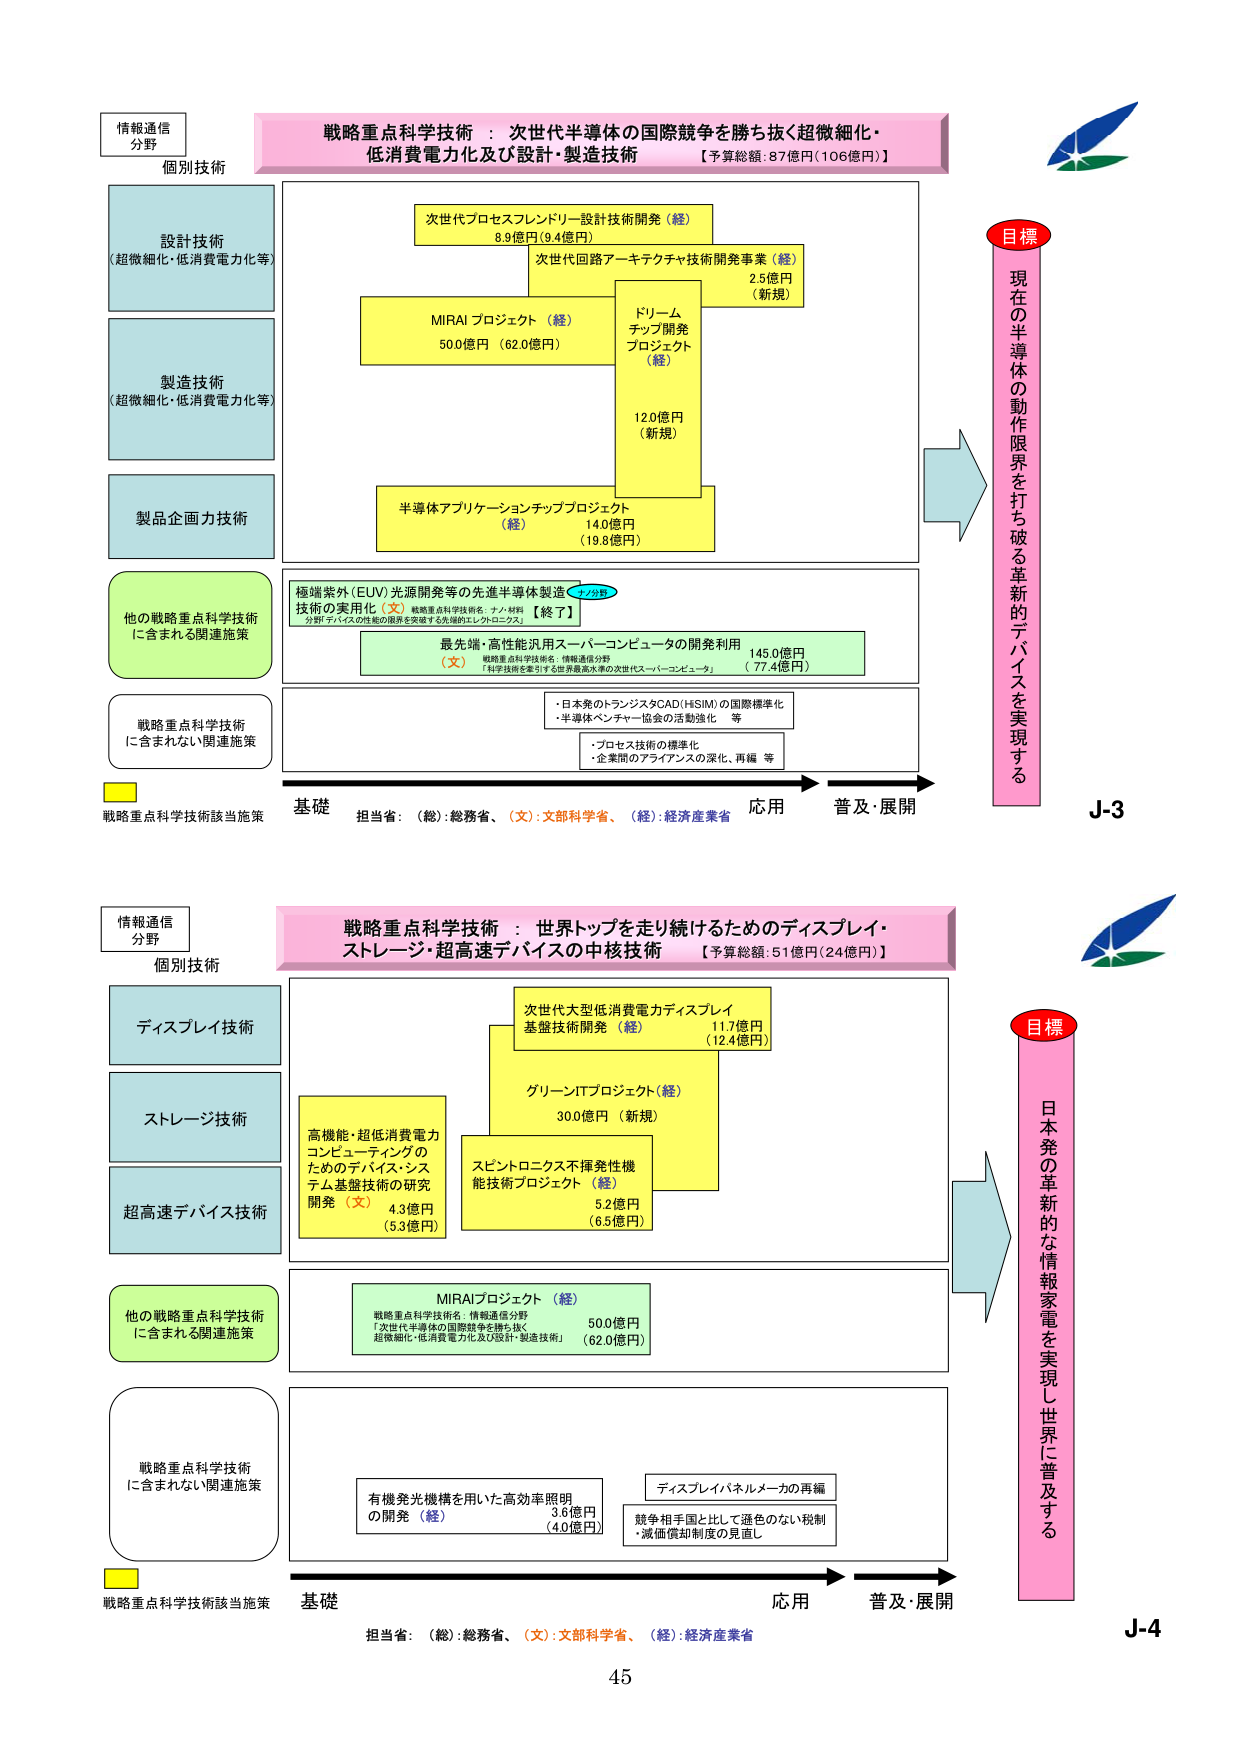
情報通信
分野

個別技術

設計技術
（超微細化・低消費電力化等）

製造技術
（超微細化・低消費電力化等）

製品企画力技術

他の戦略重点科学技術
に含まれる関連施策

戦略重点科学技術
に含まれない関連施策

戦略重点科学技術該当施策

戦略重点科学技術 ： 次世代半導体の国際競争を勝ち抜く超微細化・
低消費電力化及び設計・製造技術
【予算総額：87億円（106億円）】

次世代プロセスフレンドリー設計技術開発（経）
8.9億円（9.4億円）

次世代回路アーキテクチャ技術開発事業（経）
2.5億円
（新規）

MIRAI プロジェクト（経）
500億円（620億円）

ドリーム
チップ開発
プロジェクト
（経）
12.0億円
（新規）

半導体アプリケーションチッププロジェクト
（経）
140億円
（19.8億円）

極端紫外（EUV）光源開発等の先進半導体製造
技術の実用化（文）戦略重点科学技術名：ナノ材料
分野「ナノ化の技術の限界を突破する先端的エレクトロニクス」【終了】

最先端・高性能汎用スーパーコンピュータの開発利用
（文）戦略重点科学技術名：情報通信分野
「科学技術を牽引する世界最高水準の次世代スーパーコンピュータ」
145.0億円
（77.4億円）

・日本発のトランジスタCAD（HSIM）の国際標準化
・半導体ベンチャー協会の活動強化 等

・プロセス技術の標準化
・企業間のアライアンスの深化、再編 等

基礎
担当省：（総）：総務省、（文）：文部科学省、（経）：経済産業省
応用
普及・展開

目標
現在の半導体の動作限界を打ち破る革新的デバイスを実現する

J-3

情報通信
分野

個別技術

ディスプレイ技術

ストレージ技術

超高速デバイス技術

他の戦略重点科学技術
に含まれる関連施策

戦略重点科学技術
に含まれない関連施策

戦略重点科学技術該当施策

戦略重点科学技術 ： 世界トップを走り続けるためのディスプレイ・
ストレージ・超高速デバイスの中核技術
【予算総額：51億円（24億円）】

次世代大型低消費電力ディスプレイ
基盤技術開発（経）
11.7億円
（12.4億円）

グリーンITプロジェクト（経）
300億円（新規）

スピントロニクス不揮発性機
能技術プロジェクト（経）
5.2億円
（6.5億円）

高機能・超低消費電力
コンピューティングの
ためのデバイス・シス
テム基盤技術の研究
開発（文） 4.3億円
（5.3億円）

MIRAIプロジェクト（経）
戦略重点科学技術名：情報通信分野
「次世代半導体の国際競争を勝ち抜く
超微細化・低消費電力化及び設計・製造技術」
500億円
（620億円）

有機発光機構を用いた高効率照明
の開発（経）
3.6億円
（4.0億円）

ディスプレイパネルメーカの再編
競争相手国と比して遜色のない税制
・減価償却制度の見直し

基礎
担当省：（総）：総務省、（文）：文部科学省、（経）：経済産業省
応用
普及・展開

目標
日本発の革新的な情報家電を実現し世界に普及する

J-4

45